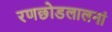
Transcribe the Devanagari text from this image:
रणछोडलालनां